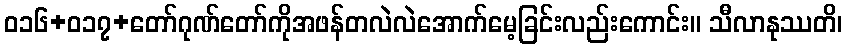
ဝ၁၆+၀၁၇+တော်ဂုဏ်တော်ကိုအဖန်တလဲလဲအောက်မေ့ခြင်းလည်းကောင်း။ သီလာနုဿတိ၊